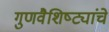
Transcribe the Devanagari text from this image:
गुणवैशिष्ट्यांचे